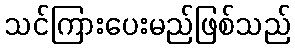
သင်ကြားပေးမည်ဖြစ်သည်